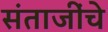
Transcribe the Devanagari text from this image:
संताजींचे